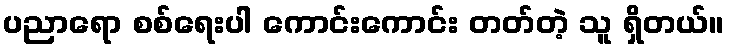
ပညာရော စစ်ရေးပါ ကောင်းကောင်း တတ်တဲ့ သူ ရှိတယ်။